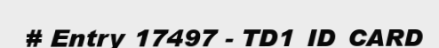
# Entry 17497 - TD1_ID_CARD